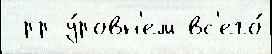
 рр у́ровн'ем вс'его́